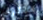
بذكرى